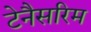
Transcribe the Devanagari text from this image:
टेनैसरिम